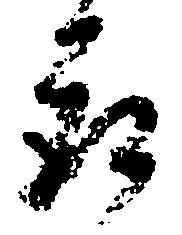
取